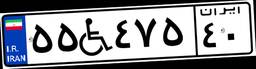
۰۹W۹۲۲۰۴